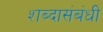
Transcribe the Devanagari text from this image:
शब्दासंबंधी